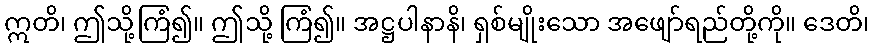
ဣတိ၊ ဤသို့ကြံ၍။ ဤသို့ ကြံ၍။ အဋ္ဌပါနာနိ၊ ရှစ်မျိုးသော အဖျော်ရည်တို့ကို။ ဒေတိ၊